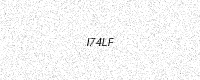
Text: I74LF